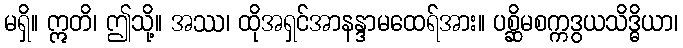
မရှိ။ ဣတိ၊ ဤသို့။ အဿ၊ ထိုအရှင်အာနန္ဒာမထေရ်အား။ ပစ္ဆိမစက္ကဒွယသိဒ္ဓိယာ၊